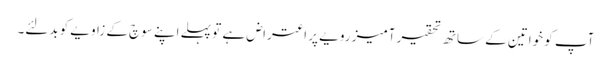
آپ کو خواتین کے ساتھ تحقیر آمیز رویے پر اعتراض ہے تو پہلے اپنے سوچ کے زاویے کو بدلئے۔